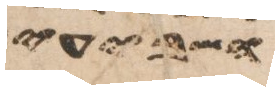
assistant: ושבעים